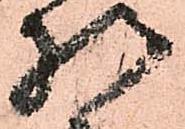
様